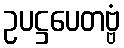
ဥပဋ္ဌပေတဗ္ဗံ